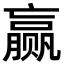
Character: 赢